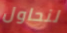
لنحاول